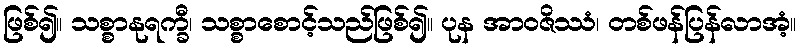
ဖြစ်၍။ သစ္စာနုရက္ခီ၊ သစ္စာစောင့်သည်ဖြစ်၍။ ပုန အာဝဇိဿံ၊ တစ်ဖန်ပြန်လာအံ့။